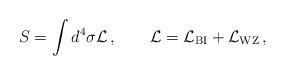
LaTeX: \begin{align*}S=\int d^4 \sigma {\cal L}\,,\qquad {\cal L} ={\cal L}_{\rm BI}+{\cal L}_{\rm WZ}\,,\end{align*}